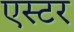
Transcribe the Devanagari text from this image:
एस्‍टर